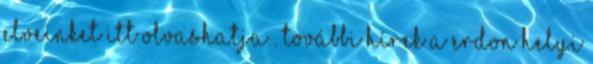
elveinket itt olvashatja . További hírek a ERDON Helyi